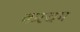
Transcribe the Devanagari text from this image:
करचम